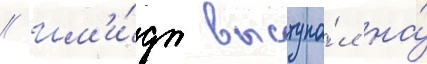
// Шм'и́дт выступа́л на́